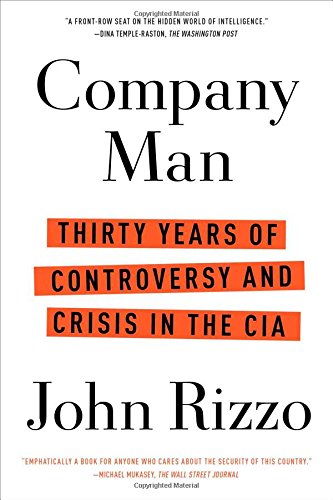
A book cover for Company Man: Thirty Years of Controversy and Crisis in the CIA; John Rizzo; Law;